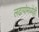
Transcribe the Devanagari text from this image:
लढायांमध्येही